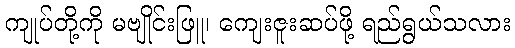
ကျုပ်တို့ကို မဗျိုင်းဖြူ၊ ကျေးဇူးဆပ်ဖို့ ရည်ရွယ်သလား